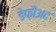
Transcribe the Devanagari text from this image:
डेफ़ौअद